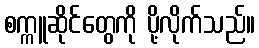
စက္ကူဆိုင်တွေကို ပို့လိုက်သည်။